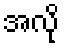
အလို